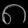
Digit: ၈